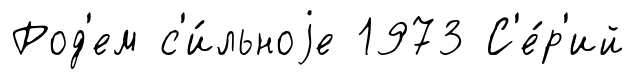
Род'ем с'и́льноjе 1973 С'е́р'ий